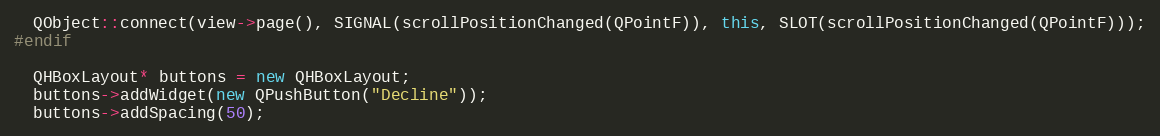
Language: C++
  QObject::connect(view->page(), SIGNAL(scrollPositionChanged(QPointF)), this, SLOT(scrollPositionChanged(QPointF)));
#endif

  QHBoxLayout* buttons = new QHBoxLayout;
  buttons->addWidget(new QPushButton("Decline"));
  buttons->addSpacing(50);